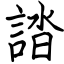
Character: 誻